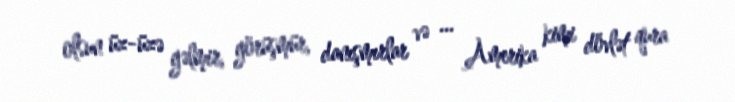
olsun üz-üzə gəlmir, görüşmür, danışmırlar və ... Amerika kimi dövlət qura